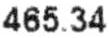
465.34